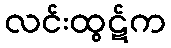
လင်းထွဋ်က